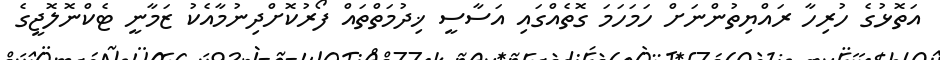
އަތޮޅުގެ ހުރިހާ ރައްޔިތުންނަށް ހަމަހަމަ ގޮތެއްގައި އަސާސީ ޚިދުމަތްތައް ފޯރުކޮށްދިނުމާއެކު ޒަމާނީ ޓެކްނޮލޮޖީގެ